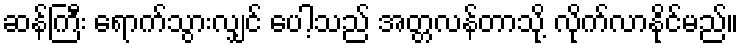
ဆန်ကြီး ရောက်သွားလျှင် ပေါ့သည် အတ္တလန်တာသို့ လိုက်လာနိုင်မည်။